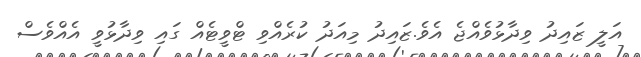
އަލީ ޒައިދު ވިދާޅުވެއްޖެ އެވެ.ޒައިދު މިއަދު ކުރެއްވި ޓްވީޓެއް ގައި ވިދާޅުވީ އެއްވެސް